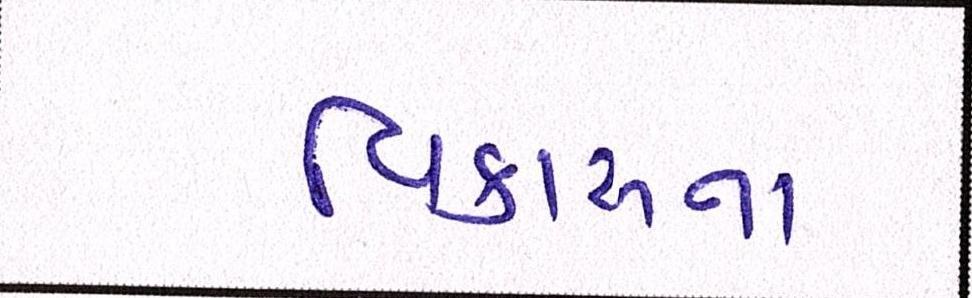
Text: વિકાસના